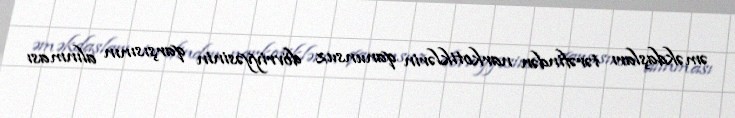
əməkdaşları tərəfindən narkotiklərin qanunsuz dövriyyəsinin qarşısının alınması